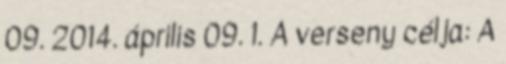
09. 2014. április 09. 1. A verseny célja: A